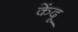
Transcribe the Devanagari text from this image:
केंदू